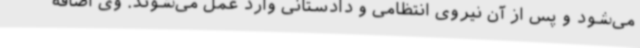
می‌شود و پس از آن نیروی انتظامی و دادستانی وارد عمل می‌شوند. وی اضافه